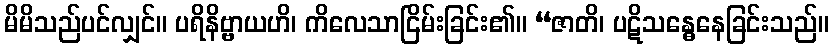
မိမိသည်ပင်လျှင်။ ပရိနိဗ္ဗာယဟိ၊ ကိလေသာငြိမ်းခြင်း၏။ “ဇာတိ၊ ပဋိသန္ဓေနေခြင်းသည်။